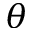
\theta